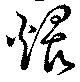
煨